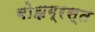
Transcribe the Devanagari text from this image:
बोझग्रस्त